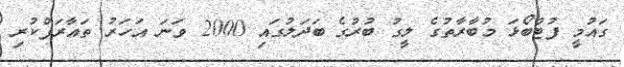
ގައުމީ ފުޓްބޯޅަ މުބާރާތުގެ ލީގު ބުރުގެ ބަދަލުގައި 2000 ވަނަ އަހަރު ތައާރަފްކުރި